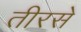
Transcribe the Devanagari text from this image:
तीरसे